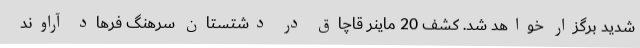
شدید برگزار خواهد شد. کشف 20 ماینر قاچاق در دشتستان سرهنگ فرهاد آراوند